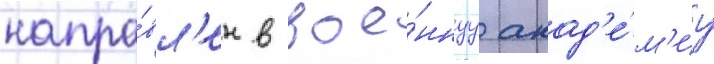
напра́вл'ен в вое́ннуу акад'е́м'иу